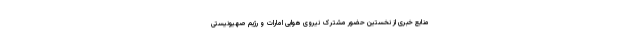
منابع خبری از نخستین حضور مشترک نیروی هوایی امارات و رژیم صهیونیستی